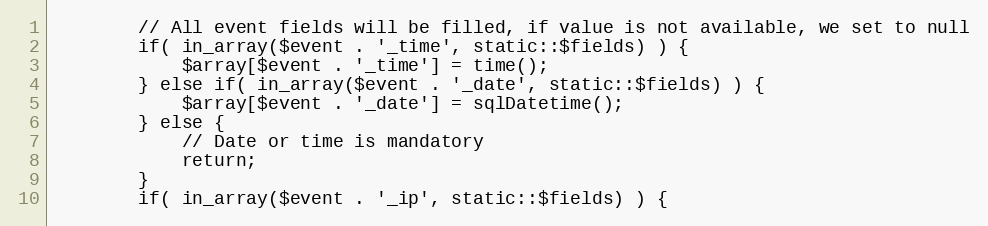
Language: PHP
		// All event fields will be filled, if value is not available, we set to null
		if( in_array($event . '_time', static::$fields) ) {
			$array[$event . '_time'] = time();
		} else if( in_array($event . '_date', static::$fields) ) {
			$array[$event . '_date'] = sqlDatetime();
		} else {
			// Date or time is mandatory
			return;
		}
		if( in_array($event . '_ip', static::$fields) ) {